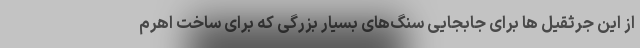
از این جرثقیل ها برای جابجایی سنگ‌های بسیار بزرگی که برای ساخت اهرم